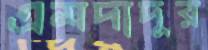
এমদাদুর